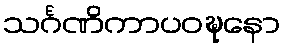
သင်္ဂဏိကာပဝဍ္ဎနော